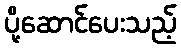
ပို့ဆောင်ပေးသည့်